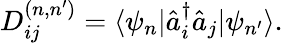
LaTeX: D_{ij}^{(n,n^{\prime})}=\langle\psi_{n}|\hat{a}_{i}^{\dagger}\hat{a}_{j}|\psi_{n^{\prime}}\rangle.